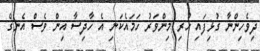
ދިވެހިންނާ ގުޅިފައި ހުރި މިންވަރު ހަމައެކަނި އެ ހާދިސާ އިން ވެސް އެނގެ